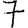
Digit: 7